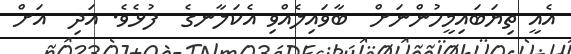
އެއީ ތިޔަބައިމީހުންނަށް  ބާވައިލެއްވި އެކަލާނގެ  ފުޅެވެ. އަދި  އަށް